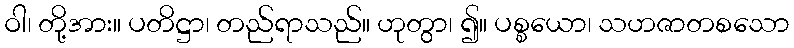
ဝါ၊ တို့အား။ ပတိဋ္ဌာ၊ တည်ရာသည်။ ဟုတွာ၊ ၍။ ပစ္စယော၊ သဟဇာတစသော